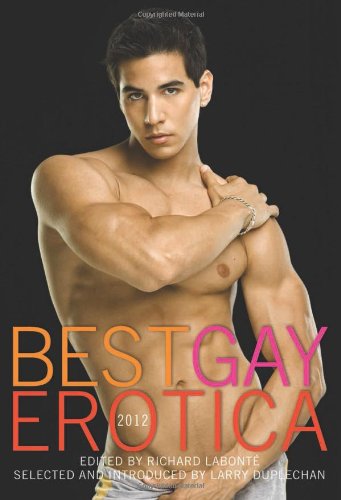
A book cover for Best Gay Erotica 2012; Romance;